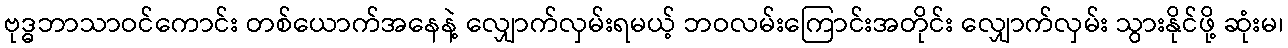
ဗုဒ္ဓဘာသာဝင်ကောင်း တစ်ယောက်အနေနဲ့ လျှောက်လှမ်းရမယ့် ဘဝလမ်းကြောင်းအတိုင်း လျှောက်လှမ်း သွားနိုင်ဖို့ ဆုံးမ၊